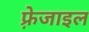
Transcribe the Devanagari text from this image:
फ़्रेजाइल